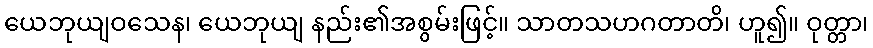
ယေဘုယျဝသေန၊ ယေဘုယျ နည်း၏အစွမ်းဖြင့်။ သာတသဟဂတာတိ၊ ဟူ၍။ ဝုတ္တာ၊